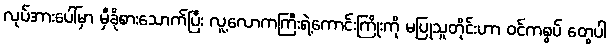
လုပ်အားပေါ်မှာ မှီခိုစားသောက်ပြီး လူ့လောကကြီးရဲ့ကောင်းကြိုးကို မပြုသူတိုင်းဟာ ဝင်ကစွပ် တွေပါ